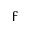
\digamma